Report of the veterinary officer investigating camel disease
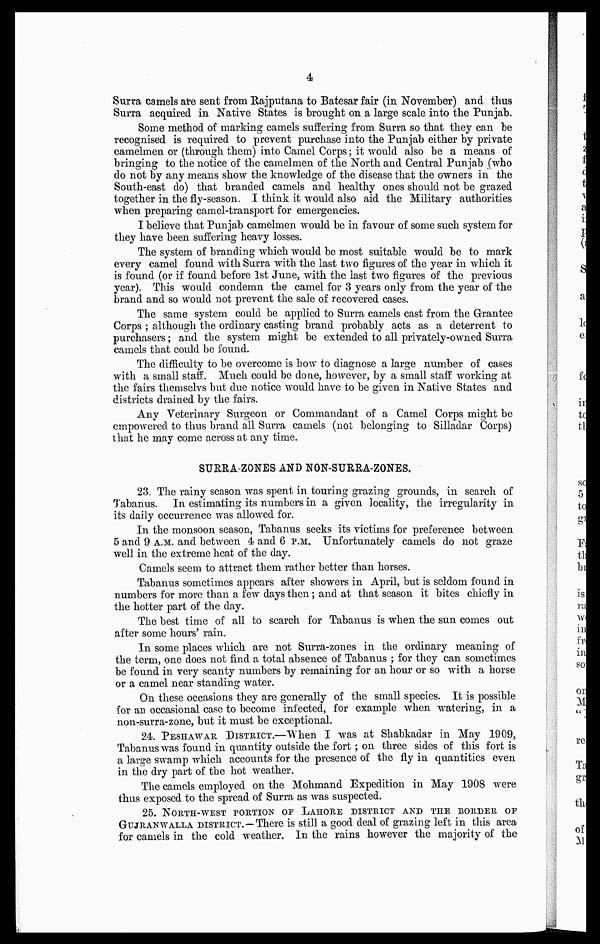
4
Surra camels are sent from Rajputana to Batesar fair (in November) and thus
Surra acquired in Native States is brought on a large scale into the Punjab.
Some method of marking camels suffering from Surra so that they can be
recognised is required to prevent purchase into the Punjab either by private
camelmen or (through them) into Camel Corps ; it would also be a means of
bringing to the notice of the camelmen of the North and Central Punjab (who
do not by any means show the knowledge of the disease that the owners in the
South-east do) that branded camels and healthy ones should not be grazed
together in the fly-season. I think it would also aid the Military authorities
when preparing camel-transport for emergencies.
I believe that Punjab camelmen would be in favour of some such system for
they have been suffering heavy losses.
The system of branding which would be most suitable would be to mark
every camel found with Surra with the last two figures of the year in which it
is found (or if found before 1st June, with the last two figures of the previous
year). This would condemn the camel for 3 years only from the year of the
brand and so would not prevent the sale of recovered cases.
The same system could be applied to Surra camels cast from the Grantee
Corps ; although the ordinary casting brand probably acts as a deterrent to
purchasers ; and the system might be extended to all privately-owned Surra
camels that could be found.
The difficulty to be overcome is how to diagnose a large number of cases
with a small staff. Much could be done, however, by a small staff working at
the fairs themselvs but due notice would have to be given in Native States and
districts drained by the fairs.
Any Veterinary Surgeon or Commandant of a Camel Corps might be
empowered to thus brand all Surra camels (not belonging to Silladar Corps)
that he may come across at any time.
SURRA-ZONES AND NON-SURRA-ZONES.
23. The rainy season was spent in touring grazing grounds, in search of
Tabanus. In estimating its numbers in a given locality, the irregularity in
its daily occurrence was allowed for.
In the monsoon season, Tabanus seeks its victims for preference between
5 and 9 A.M.. and between 4 and 6 P.M. Unfortunately camels do not graze
well in the extreme heat of the day.
Camels seem to attract them rather better than horses.
Tabanus sometimes appears after showers in April, but is seldom found in
numbers for more than a few days then ; and at that season it bites chiefly in
the hotter part of the day.
The best time of all to search for Tabanus is when the sun comes out
after some hours' rain.
In some places which are not Surra-zones in the ordinary meaning of
the term, one does not find a total absence of Tabanus ; for they can sometimes
be found in very scanty numbers by remaining for an hour or so with a horse
or a camel near standing water.
On these occasions they are generally of the small species. It is possible
for an occasional case to become infected, for example when watering, in a
non-surra-zone, but it must be exceptional.
24. PESHAWAR DISTRICT.—When I was at Shabkadar in May 1909,
Tabanus was found in quantity outside the fort ; on three sides of this fort is
a large swamp which accounts for the presence of the fly in quantities even
in the dry part of the hot weather.
The camels employed on the Mohmand Expedition in May 1908 were
thus exposed to the spread of Surra as was suspected.
25. NORTH-WEST PORTION OF LAHORE DISTRICT AND THE BORDER OF
GUJRANWALLA DISTRICT. - There is still a good deal of grazing left in this area
for camels in the cold weather. In the rains however the majority of the